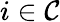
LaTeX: i\in\mathcal{C}